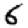
Digit: 6